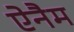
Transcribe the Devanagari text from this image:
ऐनैम